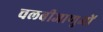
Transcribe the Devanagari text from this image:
चलबीजाणुओं